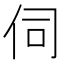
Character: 伺